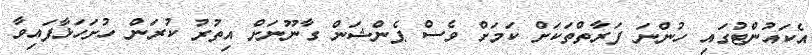
އެކައުންޓުގައި ހުންނަ ފަރާތްތަކަށް ކަމަށް ވެސް ޕެންޝަން ގާނޫނަށް އިތުރު ކުރަން ހުށަހަޅާފައިވާ